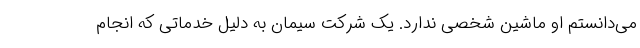
می‌دانستم او ماشین شخصی ندارد. یک شرکت سیمان به دلیل خدماتی که انجام